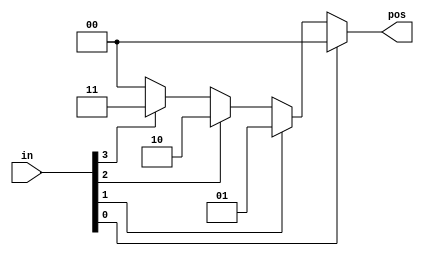
module top_module (
    input [3:0] in,
    output reg [1:0] pos  );

    // always @(*) begin
    //     case (in)
    //     4'b0000: pos = 2'b00;
    //     4'b0001: pos = 2'b00;
    //     4'b0010: pos = 2'b01;
    //     4'b0011: pos = 2'b00;
    //     4'b0100: pos = 2'b10;
    //     4'b0101: pos = 2'b00;
    //     4'b0110: pos = 2'b01;
    //     4'b0111: pos = 2'b00;
    //     4'b1000: pos = 2'b11;
    //     4'b1001: pos = 2'b00;
    //     4'b1010: pos = 2'b01;
    //     4'b1011: pos = 2'b00;
    //     4'b1100: pos = 2'b10;
    //     4'b1101: pos = 2'b00;
    //     4'b1110: pos = 2'b01;
    //     4'b1111: pos = 2'b00;
    //     default: pos = 2'b00;
    //     endcase
    // end

    always @(*) begin
        casez (in)
        4'bzzz1: pos = 2'b00;
        4'bzz1z: pos = 2'b01;
        4'bz1zz: pos = 2'b10;
        4'b1zzz: pos = 2'b11;
        default: pos = 2'b00;
        endcase

    end

endmodule